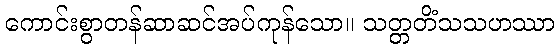
ကောင်းစွာတန်ဆာဆင်အပ်ကုန်သော။ သတ္တတိံသသဟဿာ